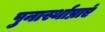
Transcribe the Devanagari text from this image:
पुनार्स्थाप्नाएं